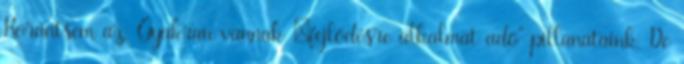
Korántsem az. Gyakran vannak „fejlődésre alkalmat adó” pillanataink. De